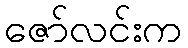
ဇော်လင်းက